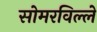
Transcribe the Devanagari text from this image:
सोमरविल्ले